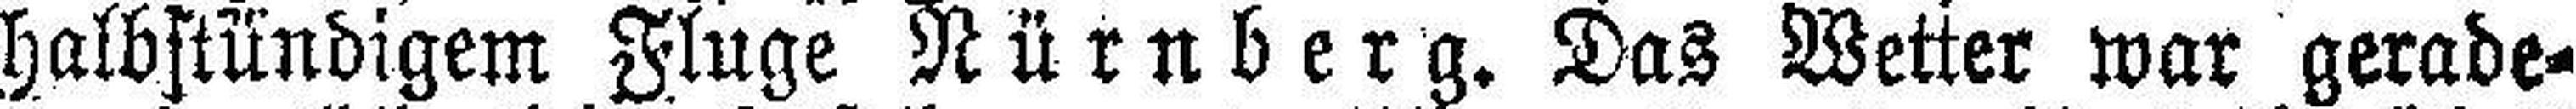
halbstündigem Fluge Nürnberg. Das Wetter war gerade¬